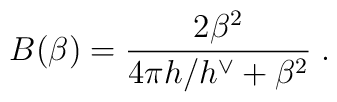
B(\beta )=\frac{2\beta ^{2}}{4\pi h/h^{\vee }+\beta ^{2}}\;.